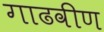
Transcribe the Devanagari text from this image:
गाढवीण